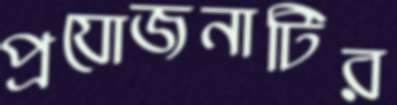
প্রযোজনাটির